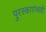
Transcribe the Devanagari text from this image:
पुरस्कारांचाही